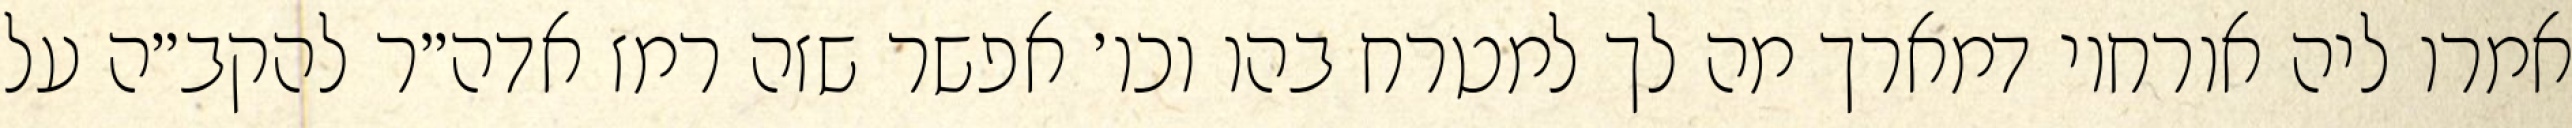
אמרו ליה אורחוי דמארך מה לך למטרח בהו וכו׳ אפשר שזה רמז אדה״ר להקב״ה על